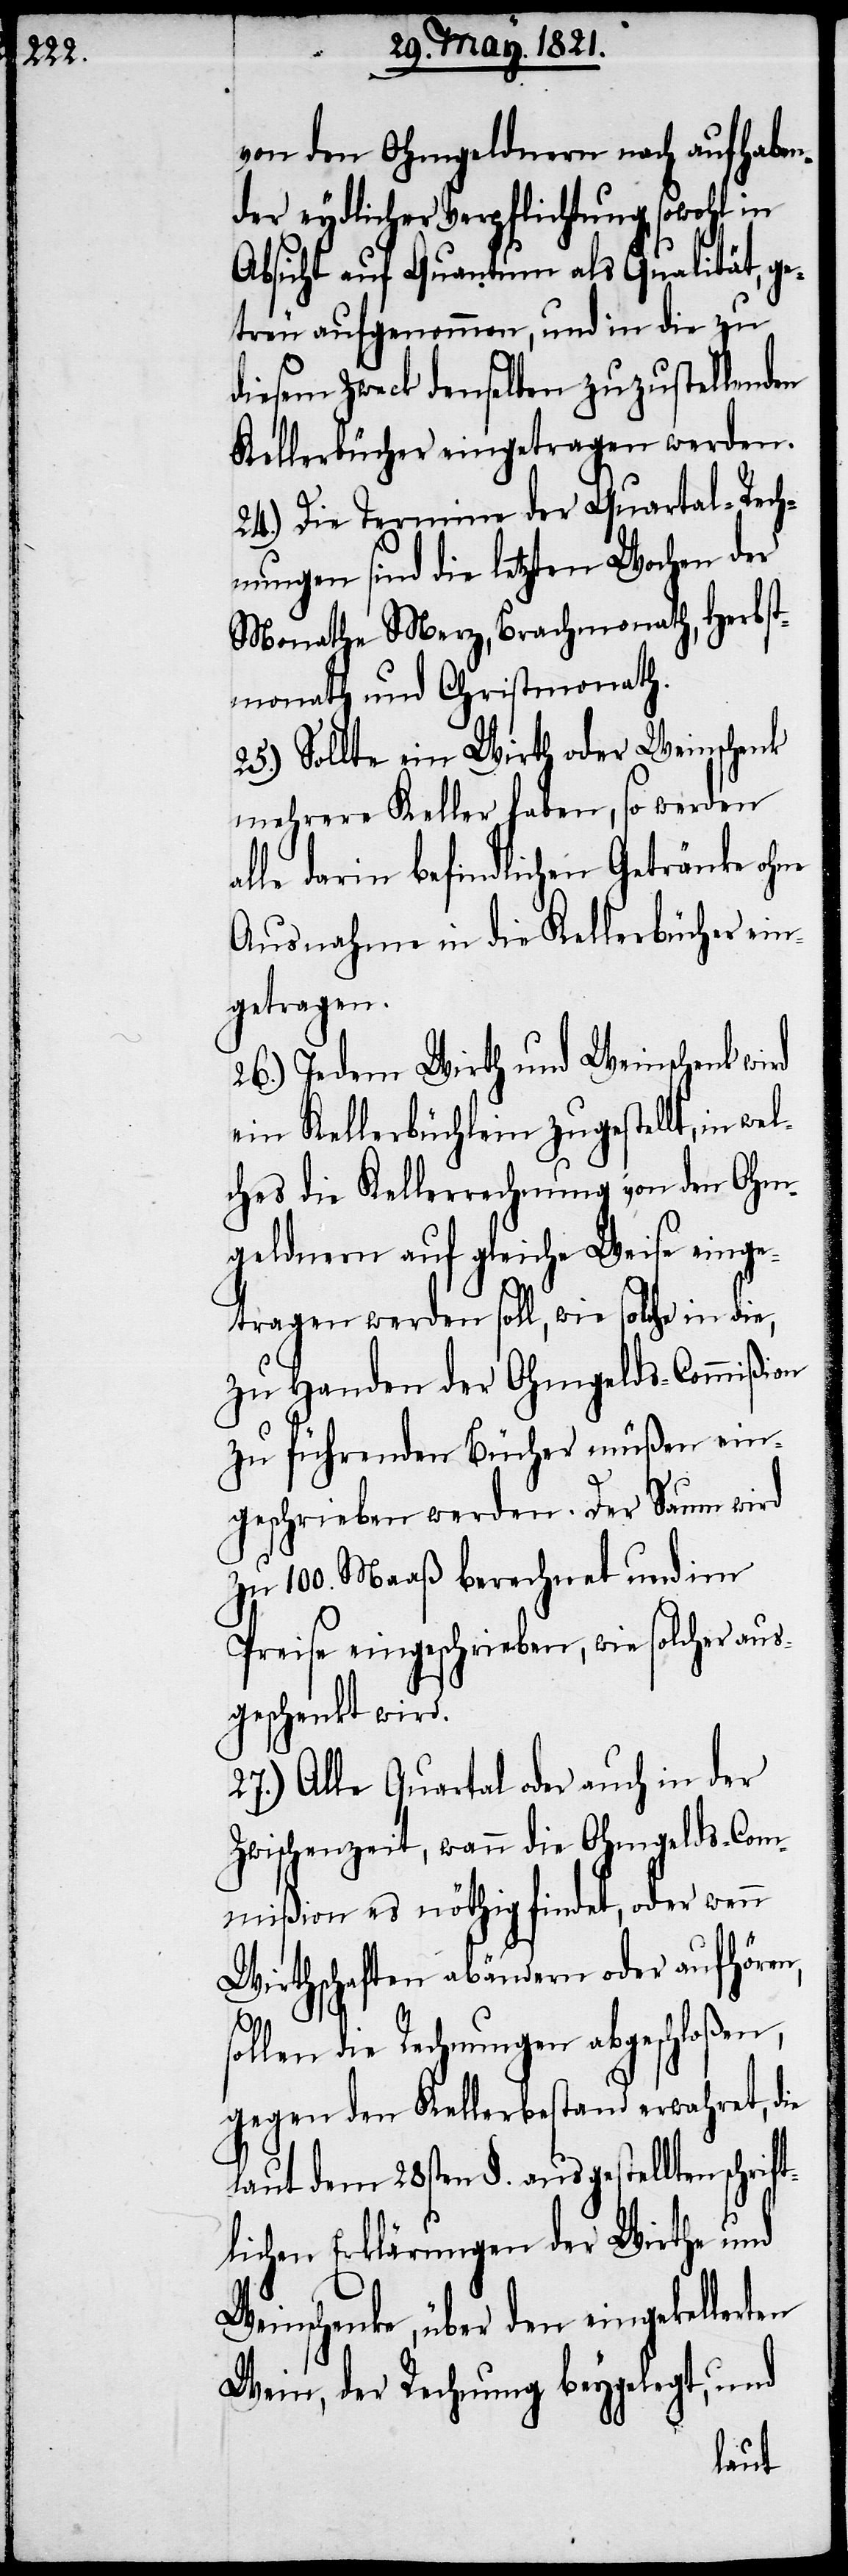
W¬
von den Ohmgeldnern nach aufhaben¬
der rydlicher Verpflichtung, sowohl in
Absicht auf Quantum als Qualität, ge¬
treu aufgenommen, und in die zu
diesem Zweck denselben zuzustellenden
Kellerbücher eingetragen werden.
24.) Die Termine der Quartal-Rech¬
nungen sind die letzten Wochen der
Monathe Merz, Brachmonath, Herbst¬
monath und Christmonath.
25.) Sollte ein Wirth oder Weinschenk
mehrere Keller haben, so werden
alle darin befindlichen Getränke ohne
Ausnahme in die Kellerbücher ein¬
getragen.
26.) Jedem Wirth und Weinschenk wird
ein Kellerbüchlein zugestellt, in wel¬
ches die Kellerrechnung von den Ohm¬
geldern auf gleiche Weise einge¬
tragen werden soll, wie solche in die,
zu Handen der Ohmgelds-Commißion
zu führenden Bücher müßen ein¬
geschrieben werden. Der Saum wird
zu 100. Maaß berechnet und im
Preise eingeschrieben, wie solcher aus¬
geschenkt wird.
27.) Alle Quartal oder auch in der
Zwischenzeit, wann die Ohmgelds-Com¬
mißion es nöthig findet, oder wenn
Wirthschaften abändern oder aufhören,
ollen die Rechnungen abgeschloßen,
gegen den Kellerbestand erwahret, die
laut dem 28sten §. ausgestellten schrif¬
tlichen Erklärungen der Wirthe und
einschenke, über den eingekel¬
Wein, der Rechnung beygelegt, und
lerten